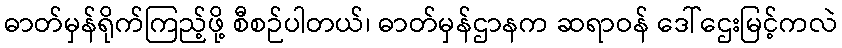
ဓာတ်မှန်ရိုက်ကြည့်ဖို့ စီစဉ်ပါတယ်၊ ဓာတ်မှန်ဌာနက ဆရာဝန် ဒေါ်ဌေးမြင့်ကလဲ